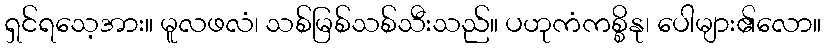
ရှင်ရသေ့အား။ မူလဖလံ၊ သစ်မြစ်သစ်သီးသည်။ ပဟုကံကစ္စိနု၊ ပေါများ၏လော။